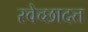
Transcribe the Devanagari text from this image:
स्वेच्छादत्त